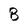
Character: B